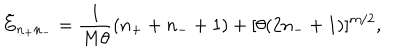
\tilde { E } _ { n _ { + } n _ { - } } = \frac { 1 } { M \theta } ( n _ { + } + n _ { - } + 1 ) + [ \theta ( 2 n _ { - } + 1 ) ] ^ { m / 2 } ,